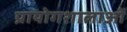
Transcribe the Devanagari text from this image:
प्रायोगशालाओं